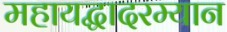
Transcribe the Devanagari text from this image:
महायद्धादरम्यान